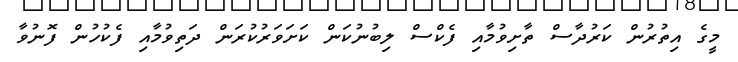
މީގެ އިތުރުން ކަރުދާސް ތާށިވުމާއި ފެކްސް ލިބުނުކަން ކަށަވަރުކުރަން ދަތިވުމާއި ފެކުހުން ފޮނުވާ